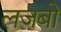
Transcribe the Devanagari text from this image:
लजबो